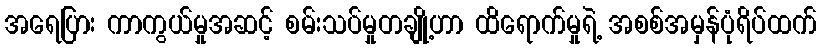
အရေပြား ကာကွယ်မှုအဆင့် စမ်းသပ်မှုတချို့ဟာ ထိရောက်မှုရဲ့ အစစ်အမှန်ပုံရိပ်ထက်